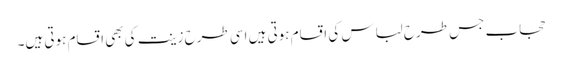
حجاب جس طرح لباس کی اقسام ہوتی ہیں اسی طرح زینت کی بھی اقسام ہوتی ہیں۔